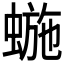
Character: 𱿸